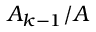
A _ { k - 1 } / A